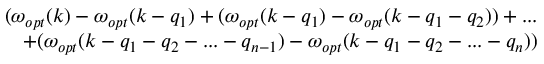
\begin{array} { r } { ( \omega _ { o p t } ( k ) - \omega _ { o p t } ( k - q _ { 1 } ) + ( \omega _ { o p t } ( k - q _ { 1 } ) - \omega _ { o p t } ( k - q _ { 1 } - q _ { 2 } ) ) + . . . } \\ { + ( \omega _ { o p t } ( k - q _ { 1 } - q _ { 2 } - . . . - q _ { n - 1 } ) - \omega _ { o p t } ( k - q _ { 1 } - q _ { 2 } - . . . - q _ { n } ) ) } \end{array}